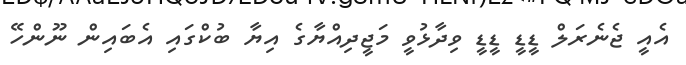
އެއީ ޖެނެރަލް ޑީޑީ ޑީޑީ ވިދާޅުވީ މަޖީދިއްޔާގެ އިޔާ ބުކްގައި އެބައިން ނޫންހޭ